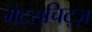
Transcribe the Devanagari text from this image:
मेट्सचिट्ज़